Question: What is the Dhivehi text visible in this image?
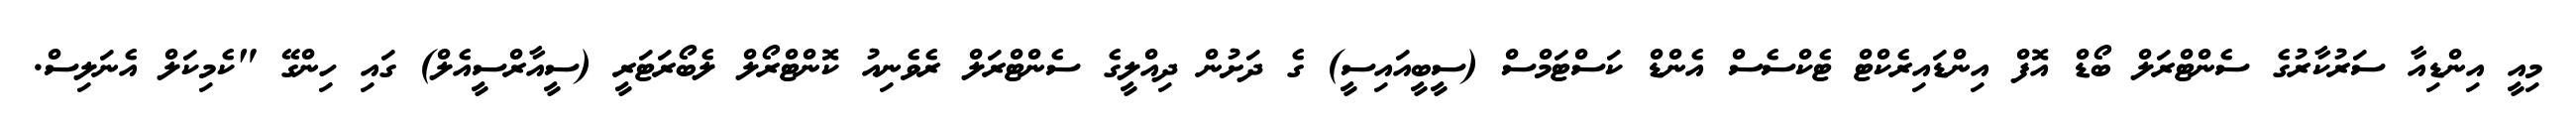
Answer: މިއީ އިންޑިއާ ސަރުކާރުގެ ސެންޓްރަލް ބޯޑް އޮފް އިންޑައިރެކްޓް ޓެކްސެސް އެންޑް ކަސްޓަމްސް (ސީބީއައިސީ) ގެ ދަށުން ދިއްލީގެ ސެންޓްރަލް ރެވެނިއު ކޮންޓްރޯލް ލެބޯރަޓަރީ (ސީއާރްސީއެލް) ގައި ހިންގޭ "ކެމިކަލް އެނަލިސް.